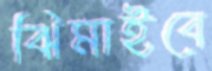
ঝিমাইবে